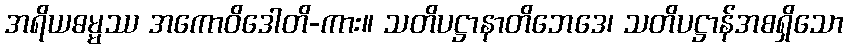
အရိယဓမ္မဿ အကောဝိဒေါတိ-ကား။ သတိပဋ္ဌာနာတိဘေဒေ၊ သတိပဋ္ဌာန်အစရှိသော